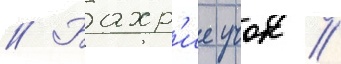
// Бахр'ие учок /